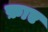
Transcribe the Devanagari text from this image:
फ़ाए